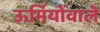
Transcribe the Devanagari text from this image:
ऊर्मियोंवाले